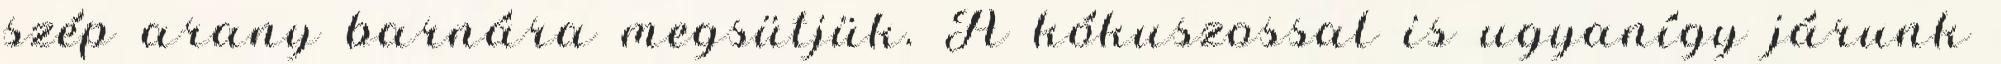
szép arany barnára megsütjük. A kókuszossal is ugyanígy járunk